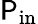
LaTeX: \mathsf{P}_{\mathrm{{in}}}